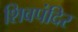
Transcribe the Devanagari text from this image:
शिवपंदिर